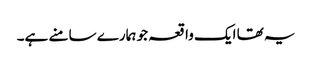
یہ تھا ایک واقعہ جو ہمارے سامنے ہے۔